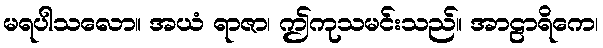
မရပါသလော။ အယံ ရာဇာ၊ ဤကုသမင်းသည်။ အာဠာရိကေ၊